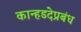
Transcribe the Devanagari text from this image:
कान्हडदेप्रबंध